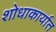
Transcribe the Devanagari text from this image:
शोधाकार्यात